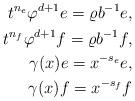
LaTeX: \begin{align*}t^{n_e}\varphi^{d+1}e=\varrho b^{-1}e,\\t^{n_f}\varphi^{d+1} f=\varrho b^{-1}f,\\\gamma(x)e=x^{-s_e}e,\\\gamma(x)f=x^{-s_f}f\end{align*}